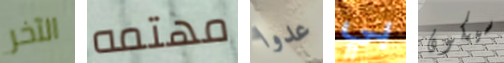
الآخر مهتمه عدوا بي سيكون